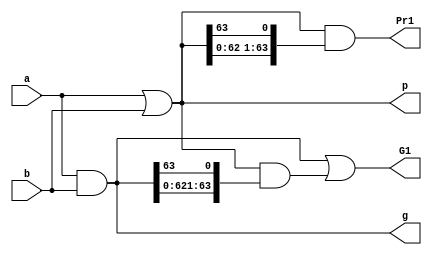
// Prefix addition

// 64-bit Modulo adder 
//--------------------------------------------------------------------------------------

// Stage 1
module P64_stage_1(a, b, g, p, G1, Pr1);
    
    input [63:0]a;
    input [63:0]b;
    output [63:0]g;
    output [63:0]p;
    output [63:0]G1;    //Group Generate
    output [63:0]Pr1;   // Group Rropagate
    
    assign g[63:0] = a[63:0] & b[63:0] ;
    assign p[63:0] = a[63:0] | b[63:0] ;  

    assign G1[63:0] = g[63:0] | p[63:0] & {g[62:0],g[63]} ;
    assign Pr1[63:0] = p[63:0] & {p[62:0],p[63]} ;
    
endmodule


// Stage 2
module P64_stage_2(G1, Pr1, G2, Pr2);
    
    input [63:0]G1;
    input [63:0]Pr1;
    output [63:0]G2;
    output [63:0]Pr2;
    
    assign G2[63:0] = G1[63:0] | Pr1[63:0] & {G1[61:0],G1[63:62]} ;
    assign Pr2[63:0] = Pr1[63:0] & {Pr1[61:0],Pr1[63:62]} ;

endmodule



// Stage 3
module P64_stage_3(G2, Pr2, G3, Pr3);
    
    input [63:0]G2;
    input [63:0]Pr2;
    output [63:0]G3;
    output [63:0]Pr3;
    
    assign G3[63:0] = G2[63:0] | Pr2[63:0] & {G2[59:0],G2[63:60]} ;
    assign Pr3[63:0] = Pr2[63:0] & {Pr2[59:0],Pr2[63:60]} ;

endmodule



// Stage 4
module P64_stage_4(G3, Pr3, G4, Pr4);
    
    input [63:0]G3;
    input [63:0]Pr3;
    output [63:0]G4;
    output [63:0]Pr4;
    
    assign G4[63:0] = G3[63:0] | Pr3[63:0] & {G3[55:0],G3[63:56]} ;
    assign Pr4[63:0] = Pr3[63:0] & {Pr3[55:0],Pr3[63:56]} ;

endmodule



// Stage 5
module P64_stage_5(G4, Pr4, G5, Pr5);
    
    input [63:0]G4;
    input [63:0]Pr4;
    output [63:0]G5;
    output [63:0]Pr5; 
    
    assign G5[63:0] = G4[63:0] | Pr4[63:0] & {G4[47:0],G4[63:48]} ;
    assign Pr5[63:0] = Pr4[63:0] & {Pr4[47:0],Pr4[63:48]} ;
endmodule



// Stage 6
module P64_stage_6(G5, Pr5, G6);
    
    input [63:0]G5;
    input [63:0]Pr5;
    output [63:0]G6;
    
    assign G6[63:0] = G5[63:0] | Pr5[63:0] & {G5[31:0],G5[63:32]} ;

endmodule



// Stage 7
module P64_adder(a, b, sum);
    
    input [63:0]a;
    input [63:0]b;
    output [63:0]sum;
    
    wire [63:0]g;
    wire [63:0]p;    
    
    wire [63:0]G1;
    wire [63:0]Pr1;
    wire [63:0]G2;
    wire [63:0]Pr2;
    wire [63:0]G3;
    wire [63:0]Pr3;
    wire [63:0]G4;
    wire [63:0]Pr4;
    wire [63:0]G5;    
    wire [63:0]Pr5;
    wire [63:0]G6; 
    
    P64_stage_1 CUT1(a, b, g, p, G1, Pr1);
    P64_stage_2 CUT2(G1, Pr1, G2, Pr2);
    P64_stage_3 CUT3(G2, Pr2, G3, Pr3);
    P64_stage_4 CUT4(G3, Pr3, G4, Pr4);
    P64_stage_5 CUT5(G4, Pr4, G5, Pr5);
    P64_stage_6 CUT6(G5, Pr5, G6);
    
    assign sum[63:0] = a[63:0] ^ b[63:0] ^ {G6[62:0],G5[63]} ; 
    
endmodule









// 32-bit Modulo adder 
// 2x4x4 Architecture
//--------------------------------------------------------------------------------------

// stage 1 is the same 



module P2x4x4x2_stage_2(G1, Pr1, G2, Pr2);
    
    input [63:0]G1;
    input [63:0]Pr1;
    output [63:0]G2;
    output [63:0]Pr2;
    
    assign G2[63:0] =   G1[63:0] | 
                        Pr1[63:0] & {G1[61:0],G1[63:62]} | 
                        Pr1[63:0] & {Pr1[61:0],Pr1[63:62]} & {G1[59:0],G1[63:60]} |
                        Pr1[63:0] & {Pr1[61:0],Pr1[63:62]} & {Pr1[59:0],Pr1[63:60]} & {G1[57:0],G1[63:58]} ;
    
    assign Pr2[63:0] = Pr1[63:0] & {Pr1[61:0],Pr1[63:62]} & {Pr1[59:0],Pr1[63:60]} & {Pr1[57:0],Pr1[63:58]} ;

endmodule


module P2x4x4x2_stage_3(G2, Pr2, G3, Pr3);
    
    input [63:0]G2;
    input [63:0]Pr2;
    output [63:0]G3;
    output [63:0]Pr3;
    
    assign G3[63:0] =   G2[63:0] | 
                        Pr2[63:0] & {G2[55:0],G2[63:56]} | 
                        Pr2[63:0] & {Pr2[55:0],Pr2[63:56]} & {G2[47:0],G2[63:48]} |
                        Pr2[63:0] & {Pr2[55:0],Pr2[63:56]} & {Pr2[47:0],Pr2[63:48]} & {G2[39:0],G2[63:40]} ;
    
    assign Pr3[63:0] = Pr2[63:0] & {Pr2[55:0],Pr2[63:56]} & {Pr2[47:0],Pr2[63:48]} & {Pr2[39:0],Pr2[63:40]} ;

endmodule


module P2x4x4x2_stage_4(G3, Pr3, G4);
    
    input [63:0]G3;
    input [63:0]Pr3;
    output [63:0]G4;
    
    assign G4[63:0] =   G3[63:0] | Pr3[63:0] & {G3[31:0],G3[63:32]} ;

endmodule



module P2x4x4x2_adder(a, b, sum);
    
    input [63:0]a;
    input [63:0]b;
    output [63:0]sum;
    
    wire [63:0]g;
    wire [63:0]p;    
    
    wire [63:0]G1;
    wire [63:0]Pr1;
    wire [63:0]G2;
    wire [63:0]Pr2;
    wire [63:0]G3;
    wire [63:0]Pr3;
    wire [63:0]G4;
    
    P64_stage_1 CUT1(a, b, g, p, G1, Pr1);
    P2x4x4x2_stage_2 CUT2(G1, Pr1, G2, Pr2);
    P2x4x4x2_stage_3 CUT3(G2, Pr2, G3, Pr3);
    P2x4x4x2_stage_4 CUT4(G3, Pr3, G4);
    
    assign sum[63:0] = a[63:0] ^ b[63:0] ^ {G4[62:0],G4[63]} ; 
    
endmodule







// 64-bit Modulo adder 4x4x4
//--------------------------------------------------------------------------------------

// Stage 1
module P4x4x4_stage_1(a, b, g, p, x);
    
    input [63:0]a;
    input [63:0]b;
    
    output [63:0]g;
    output [63:0]p;
    output [63:0]x;  
    
    assign g[63:0] = a[63:0] & b[63:0] ;
    assign p[63:0] = a[63:0] | b[63:0] ;
    assign x[63:0] = a[63:0] ^ b[63:0] ;

    

endmodule

// Stage 2
module P4x4x4_stage_2(g, p, G1, Pr1);
    
    input [63:0]g;
    input [63:0]p;
    output [63:0]G1;
    output [63:0]Pr1;

    
    assign G1[63:0] =   g[63:0] |
                        p[63:0] & {g[62:0],g[63]} |
                        p[63:0] & {p[62:0],p[63]} & {g[61:0],g[63:62]} | 
                        p[63:0] & {p[62:0],p[63]} & {p[61:0],p[63:62]} & {g[60:0],g[63:61]} ;
                        
    assign Pr1[63:0] =  p[63:0] & 
                        {p[62:0],p[63]} & 
                        {p[61:0],p[63:62]} &
                        {p[60:0],p[63:61]} ; 
    
    
endmodule



// Stage 3
module P4x4x4_stage_3(G1, Pr1, G2, Pr2);
    
    input [63:0]G1;
    input [63:0]Pr1;
    output [63:0]G2;
    output [63:0]Pr2;

    
    assign G2[63:0] =   G1[63:0] |
                        Pr1[63:0] & {G1[59:0],G1[63:60]} |
                        Pr1[63:0] & {Pr1[59:0],Pr1[63:60]} & {G1[55:0],G1[63:56]} | 
                        Pr1[63:0] & {Pr1[59:0],Pr1[63:60]} & {Pr1[55:0],Pr1[63:56]} & {G1[51:0],G1[63:52]} ;
                        
    assign Pr2[63:0] =  Pr1[63:0] &
                        {Pr1[59:0],Pr1[63:60]} &
                        {Pr1[55:0],Pr1[63:56]} &
                        {Pr1[51:0],Pr1[63:52]}; 
    
endmodule



// Stage 4
module P4x4x4_stage_4(G2, Pr2, G3);
    
    input [63:0]G2;
    input [63:0]Pr2;
    output [63:0]G3;

    
    assign G3[63:0] =   G2[63:0] |
                        Pr2[63:0] & {G2[47:0],G2[63:48]} |
                        Pr2[63:0] & {Pr2[47:0],Pr2[63:48]} & {G2[31:0],G2[63:32]} | 
                        Pr2[63:0] & {Pr2[47:0],Pr2[63:48]} & {Pr2[31:0],Pr2[63:32]} & {G2[15:0],G2[63:16]} ;

                    
endmodule




module P4x4x4_adder(a, b, sum);
    
    input [63:0]a;
    input [63:0]b;
    output [63:0]sum;
    
    wire [63:0]g;
    wire [63:0]p;    
    wire [63:0]x;     
    wire [63:0]G1;
    wire [63:0]Pr1;
    wire [63:0]G2;
    wire [63:0]Pr2;
    wire [63:0]G3;

    
    P4x4x4_stage_1 CUT1(a, b, g, p, x);
    P4x4x4_stage_2 CUT2(g, p, G1, Pr1);
    P4x4x4_stage_3 CUT3(G1, Pr1, G2, Pr2);
    P4x4x4_stage_4 CUT4(G2, Pr2, G3);
    
    assign sum[63:0] = x[63:0] ^ {G3[62:0],G3[63]} ; 
    
endmodule